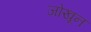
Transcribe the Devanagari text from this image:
जोखून